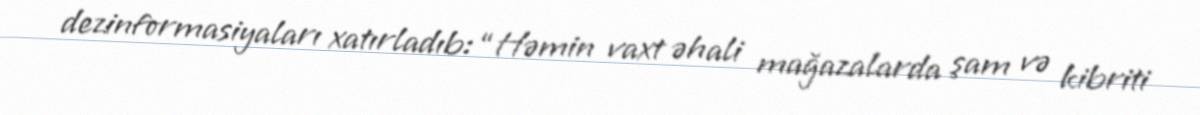
dezinformasiyaları xatırladıb: “Həmin vaxt əhali mağazalarda şam və kibriti